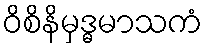
ဝိစိနိမှဒ္ဓမာသကံ